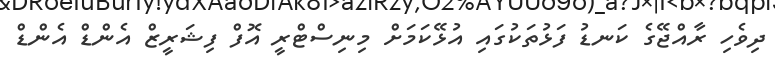
ދިވެހި ރާއްޖޭގެ ކަނޑު ފަޅުތަކުގައި އުޅޭކަމަށް މިނިސްޓްރީ އޮފް ފިޝަރީޒް އެންޑް އެންޑް